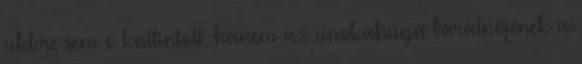
cikkre sem ő kattintott, hanem az unokahúga barátnőjének a